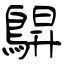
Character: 鵿